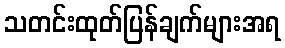
သတင်းထုတ်ပြန်ချက်များအရ